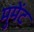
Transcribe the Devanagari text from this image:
मुमेंट